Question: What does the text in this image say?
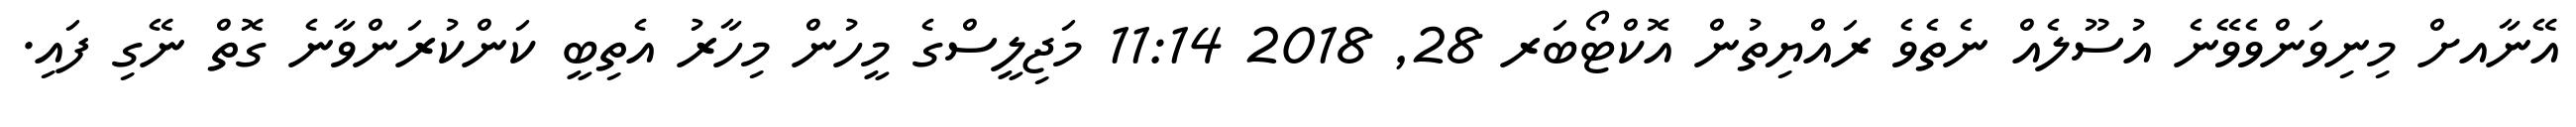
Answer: އޭނާއށް މިނިވަންވެވޭނެ އުސޫލެއް ނެތެވެ ރައްޔިތުން އޮކްޓޯބަރ 28, 2018 11:14 މަޖިލީސްގެ މީހުން މިހާރު އެތިބީ ކަންކުރަންވާނެ ގޮތް ނޭގި ފައި.